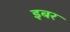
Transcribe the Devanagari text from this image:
इबर